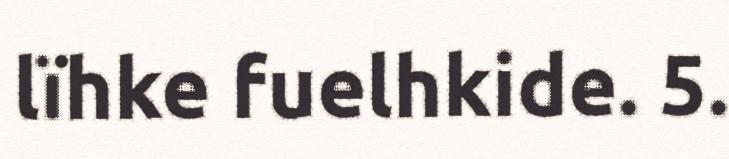
lïhke fuelhkide. 5.